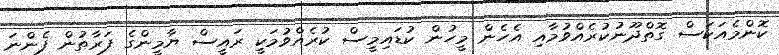
ކޮންމެއަކަސް ގޮތްދޫނުކުރެއްވުމާއި އެހެން މީހުން ކުޑައިމީސް ކުރެއްވުމަކީ ރައީސް ޔާމީންގެ ފަރާތުން ފެންނަ